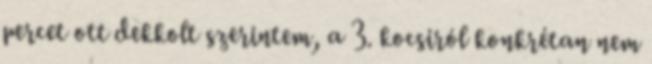
percet ott dekkolt szerintem, a 3. kocsiról konkrétan nem